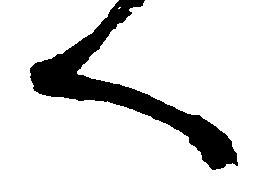
へ